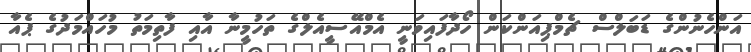
އަންހެނުންގެ ޑަބަލްސް ޗެމްޕިއަންކަން ހޯދާފައިވަނީ އެމްއޭސީއެލްގެ ތަހުމީނާ އާއި ފާތިމަތު މުހައްމަދުގެ ޕެއާ